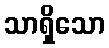
သာရှိသော